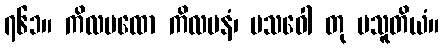
၇၆၁။ ကိလမထော ကိလမနံ၊ ပသဝေါ တု ပသူတိယံ။